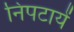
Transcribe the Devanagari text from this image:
निपटायें